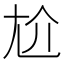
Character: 尬